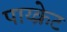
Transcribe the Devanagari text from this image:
पाय्क्रेट